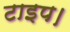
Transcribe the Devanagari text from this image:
टाइप।